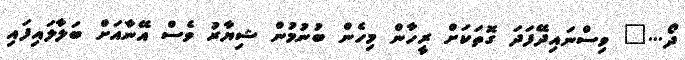
ދޯ..." ވިސްނައިދޭފަދަ ގޮތަކަށް ރީހާން މިހެން ބުނުމުން ޝިޔާރު ވެސް އޭނާއަށް ބަލާލައިފައި